Indian Medical Review
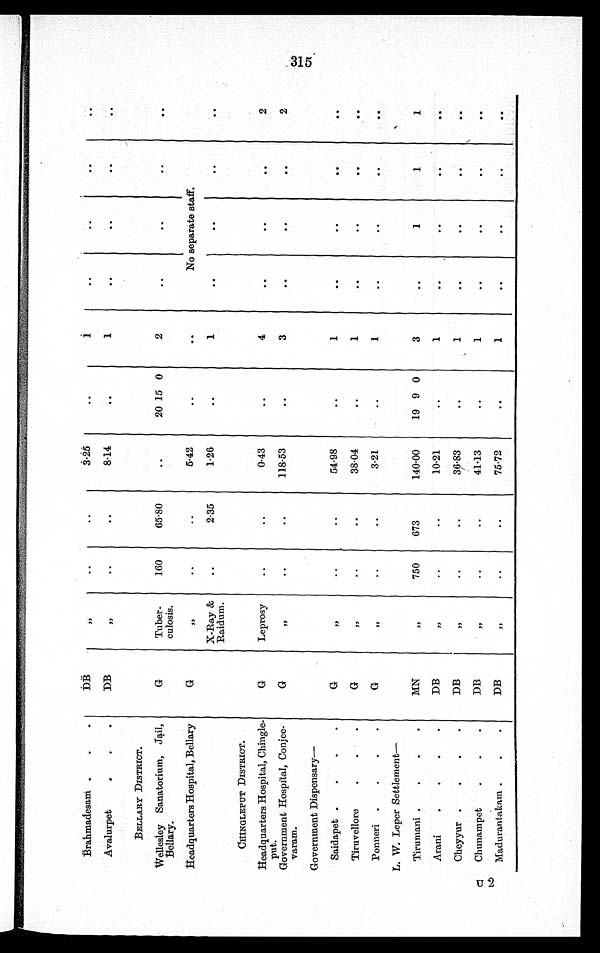
Brahmadesam
DB
,,
..
,,
3·25
..
1
..
..
..
..
Avalurpet
DB
,,
..
..
8·14
..
1
..
..
..
..
BELLARY DISTRICT.
Wellesley Sanatorium, Jail,
Bellary.
G
Tuber
culosis.
160
65·80
..
20 15 0
2
..
..
..
..
Headquarters Hospital, Bellary
G
,,
..
..
5·42
..
..
No separate staff.
X-Ray &
Raidum.
..
2·35
1·26
..
1
..
..
..
..
CHINGLEPUT DISTRICT.
Headquarters Hospital, Chingle
put.
G
Leprosy
..
..
0·43
..
4
..
..
..
2
Government Hospital, Conjee
varam.
G
,,
..
...
118·53
..
3
..
..
..
2
Government Dispensary—
Saidapet
G
,,
..
..
54·98
..
1
..
..
..
..
Tiruvellore
G
,,
..
...
38·04
..
1
..
..
..
..
Ponneri
G
,,
..
...
3·21
..
1
..
..
..
..
L. W. Leper Settlement—
Tirumani
MN
,,
750
673
140·00
19 9 0
3
..
1
1
1
Arani
DB
,,
..
..
10·21
..
1
..
..
..
..
Cheyyur
DB
,,
..
..
36·83
..
1
..
..
..
..
Chunampet
DB
,,
..
..
41·13
..
1
..
..
..
..
Madurantakam
DB
,,
..
..
75·72
..
1
..
..
..
..
315